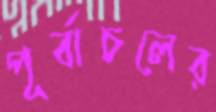
পূর্বাচলের